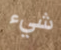
شيء